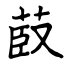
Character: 菣